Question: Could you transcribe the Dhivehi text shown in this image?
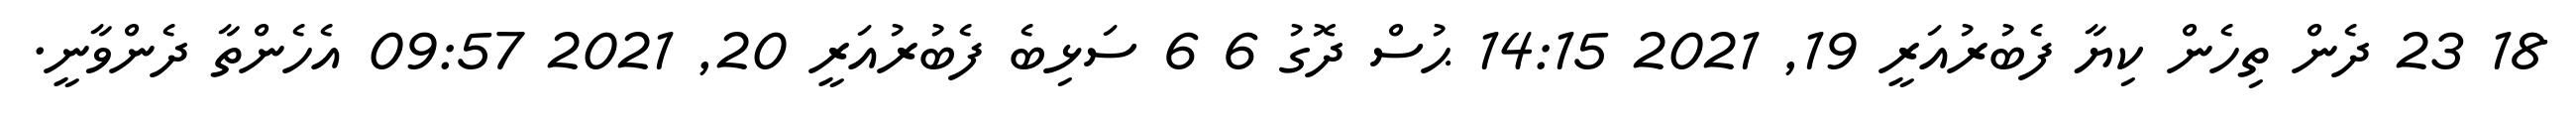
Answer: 18 23 ދެން ތިހެން ކިޔާ ފެބުރުއަރީ 19, 2021 14:15 ޙުސް ދޮގު 6 6 ސަޅިބެ ފެބުރުއަރީ 20, 2021 09:57 އެހެންތާ ދެންވާނީ.